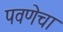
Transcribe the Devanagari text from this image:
पवणेचा